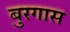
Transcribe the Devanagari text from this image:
बुरगास